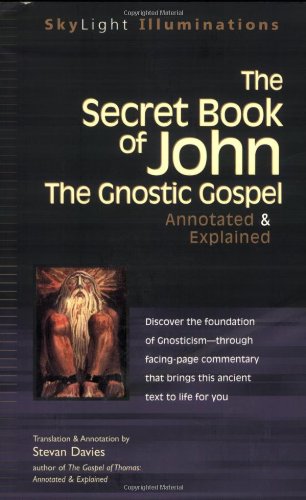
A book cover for The Secret Book of John: The Gnostic GospelsAnnotated & Explained (SkyLight Illuminations); Christian Books & Bibles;